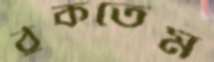
ঠুকতেম